Document type: Confirmation
Year: 1374
Scribe: Ramon Camat
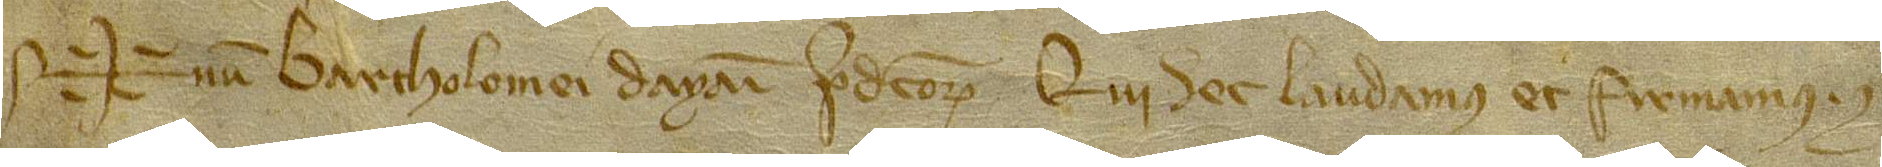
Sig+num Bartholomei Dayani, predictorum, qui hec laudamus et firmamus.